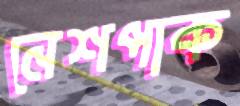
নেশপাক